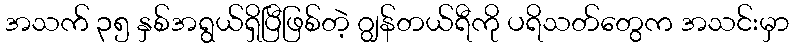
အသက် ၃၅ နှစ်အရွယ်ရှိပြီဖြစ်တဲ့ ဂျွန်တယ်ရီကို ပရိသတ်တွေက အသင်းမှာ